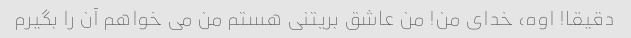
دقیقا! اوه، خدای من! من عاشق بریتنی هستم من می خواهم آن را بگیرم